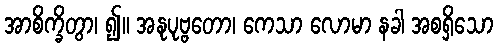
အာစိက္ခိတွာ၊ ၍။ အနုပုဗ္ဗတော၊ ကေသာ လောမာ နခါ အစရှိသော